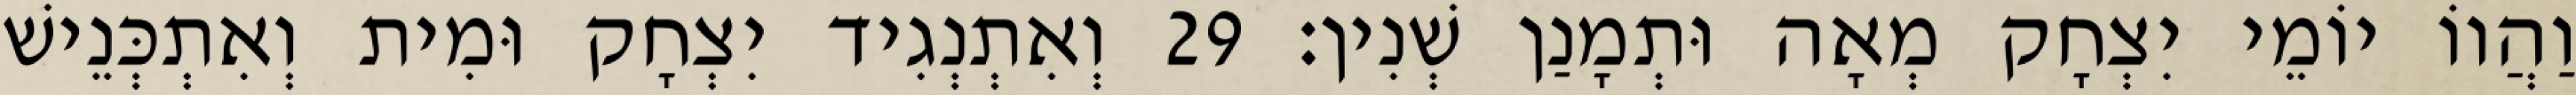
וַהֲווֹ יוֹמֵי יִצְחָק מְאָה וּתְמָנַן שְׁנִין׃ 29 וְאִתְנְגִיד יִצְחָק וּמִית וְאִתְכְּנֵישׁ